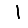
Digit: 1